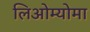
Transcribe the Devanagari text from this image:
लिओम्योमा